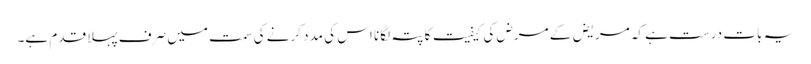
یہ بات درست ہے کہ مریض کے مرض کی کیفیت کا پتہ لگانا اس کی مدد کرنے کی سمت میں صرف پہلا قدم ہے۔